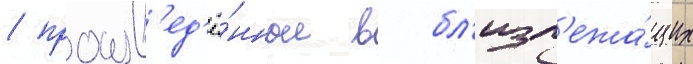
/ произв'ед'ё́нные в бл'изл'ежа́щих